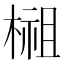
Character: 𣗿